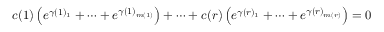
c ( 1 ) \left( e ^ { \gamma ( 1 ) _ { 1 } } + \cdots + e ^ { \gamma ( 1 ) _ { m ( 1 ) } } \right) + \cdots + c ( r ) \left( e ^ { \gamma ( r ) _ { 1 } } + \cdots + e ^ { \gamma ( r ) _ { m ( r ) } } \right) = 0